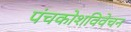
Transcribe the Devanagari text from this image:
पंचकोशविवेचन